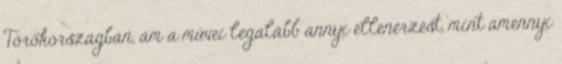
Törökországban, ám a művei legalább annyi ellenérzést, mint amennyi